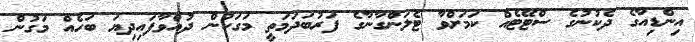
އިންޑިއާގެ ދެކުނުގެ ސްޓޭޓެއް ކަމަށްވާ ޓެލަންގާނާގެ ފަރުބަދަމަތީ މަގަކުން ދުއްވާފައިދިޔަ ބަހެއް މަގުން